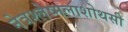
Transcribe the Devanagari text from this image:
नेत्रश्लेष्मलाशोथसी